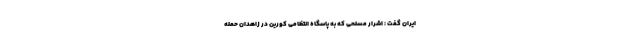
ایران گفت : اشرار مسلحی که به پاسگاه انتظامی کورین در زاهدان حمله